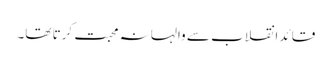
قائد انقلاب سے والہانہ محبت کرتا تھا۔